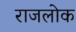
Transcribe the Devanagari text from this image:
राजलोक